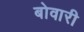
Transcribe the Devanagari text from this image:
बोवारी